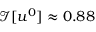
\mathcal I [ u ^ { 0 } ] \approx 0 . 8 8